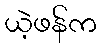
ယဲ့ဖန်က